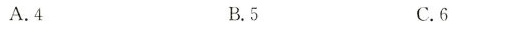
A.4 B.5 C.6